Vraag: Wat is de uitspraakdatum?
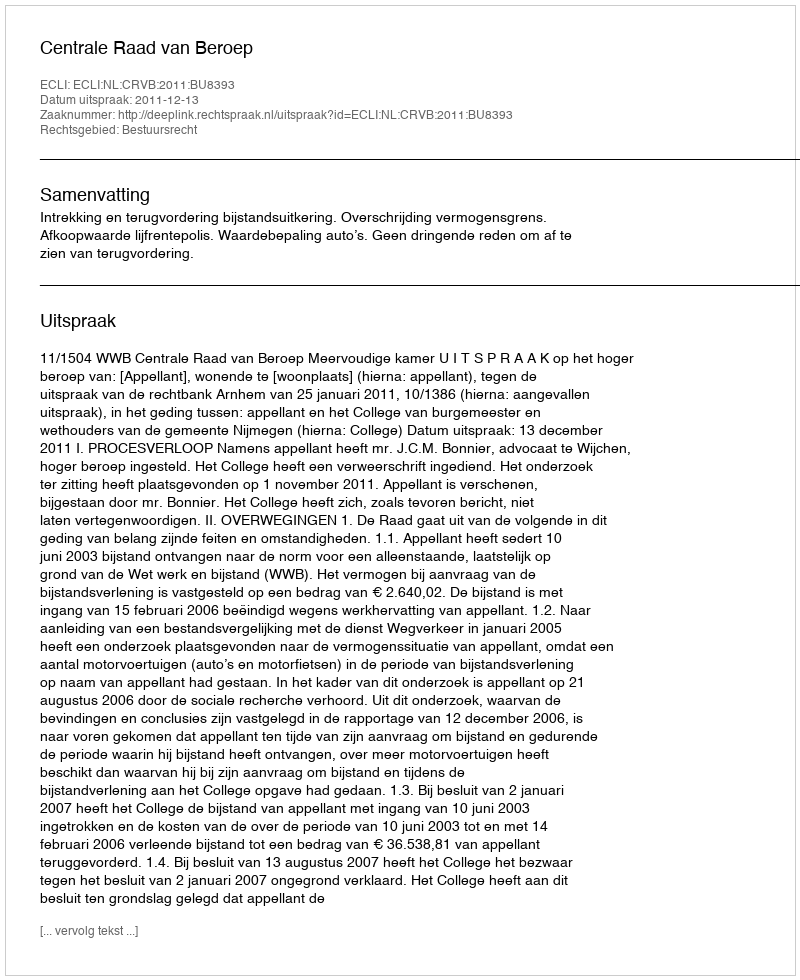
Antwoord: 2011-12-13